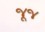
જૂજ